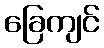
ခြေကျင်